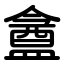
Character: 盦